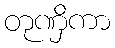
တုဏှိကာ